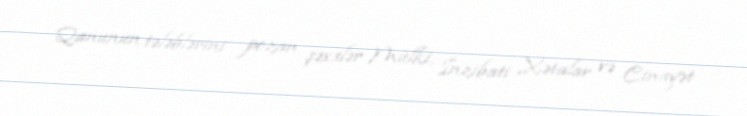
Qanunun tələblərini pozan şəxslər Mülki, İnzibati Xətalar və Cinayət